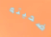
ضحيته